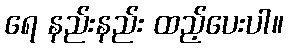
ရေ နည်းနည်း ထည့်ပေးပါ။